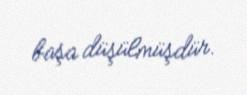
başa düşülmüşdür.